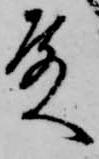
殿